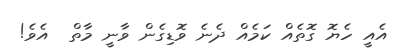
އެއީ ހެޔޮ ގޮތެއް ކަމެއް ދެނެ ވޮޑިގެން ވާނީ މާތް  އެވެ!